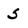
Character: S